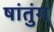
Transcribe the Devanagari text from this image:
षांतुंग